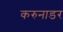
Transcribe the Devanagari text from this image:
करुनाडर